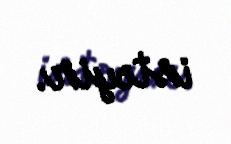
istəyir.